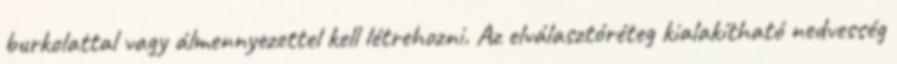
burkolattal vagy álmennyezettel kell létrehozni. Az elválasztóréteg kialakítható nedvesség